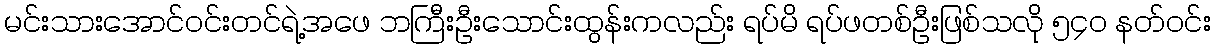
မင်းသားအောင်ဝင်းတင်ရဲ့အဖေ ဘကြီးဦးသောင်းထွန်းကလည်း ရပ်မိ ရပ်ဖတစ်ဦးဖြစ်သလို ၅၄ဝ နတ်ဝင်း